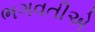
ભગવતીએ